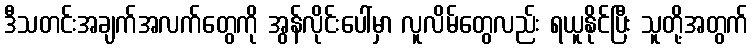
ဒီသတင်းအချက်အလက်တွေကို အွန်လိုင်းပေါ်မှာ လူလိမ်တွေလည်း ရယူနိုင်ပြီး သူတို့အတွက်